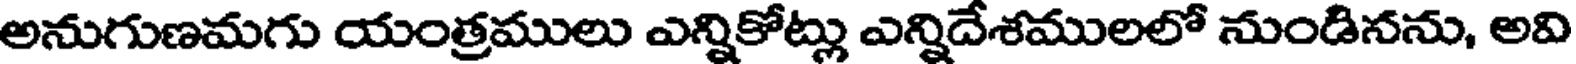
అనుగుణమగు యంత్రములు ఎన్నికోట్లు ఎన్నిదేశములలో నుండినను, అవి